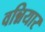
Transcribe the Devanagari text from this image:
वन्नियार